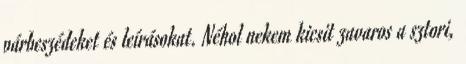
párbeszédeket és leírásokat. Néhol nekem kicsit zavaros a sztori,